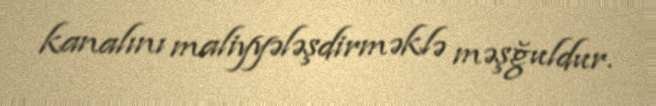
kanalını maliyyələşdirməklə məşğuldur.